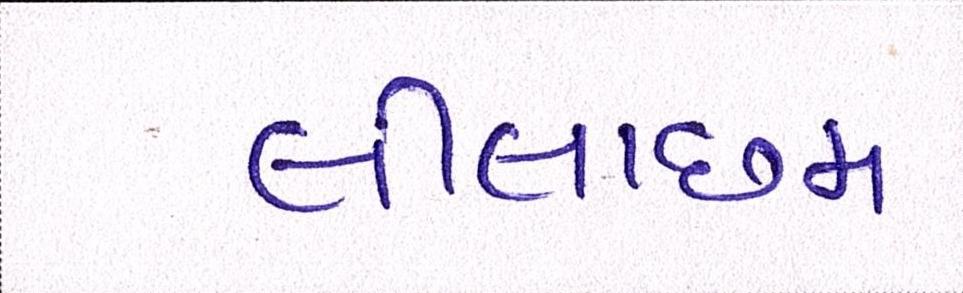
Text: લીલાછમ